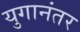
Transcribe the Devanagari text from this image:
युगानंतर